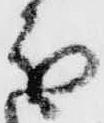
分